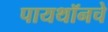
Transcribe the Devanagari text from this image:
पायथॉनचे